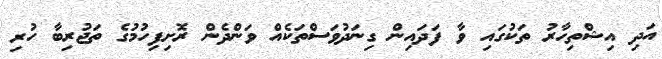
އަދި އިޝްތިހާރު ތަކުގައި ވާ ފަދައިން ގިނަދުވަސްތަކެއް ވަންދެން ރޮށިފިހުމުގެ ތަޖުރިބާ ހުރި